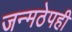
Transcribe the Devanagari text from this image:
जन्मठेपही